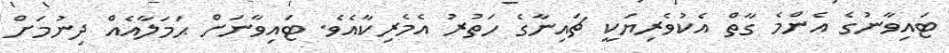
ޓައިވާނުގެ އެންމެ ގާތް އެކުވެރިޔަކީ ޗައިނާގެ ހަތުރު އެމެރިކާއެވެ. ޓައިވާނަށް ޙަމަލާއެއް ދިނުމަށް